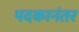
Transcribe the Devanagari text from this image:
पदकानंतर